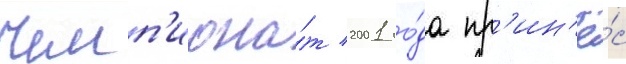
Чемп'иона́т 2001 го́да пр'ин'ё́с